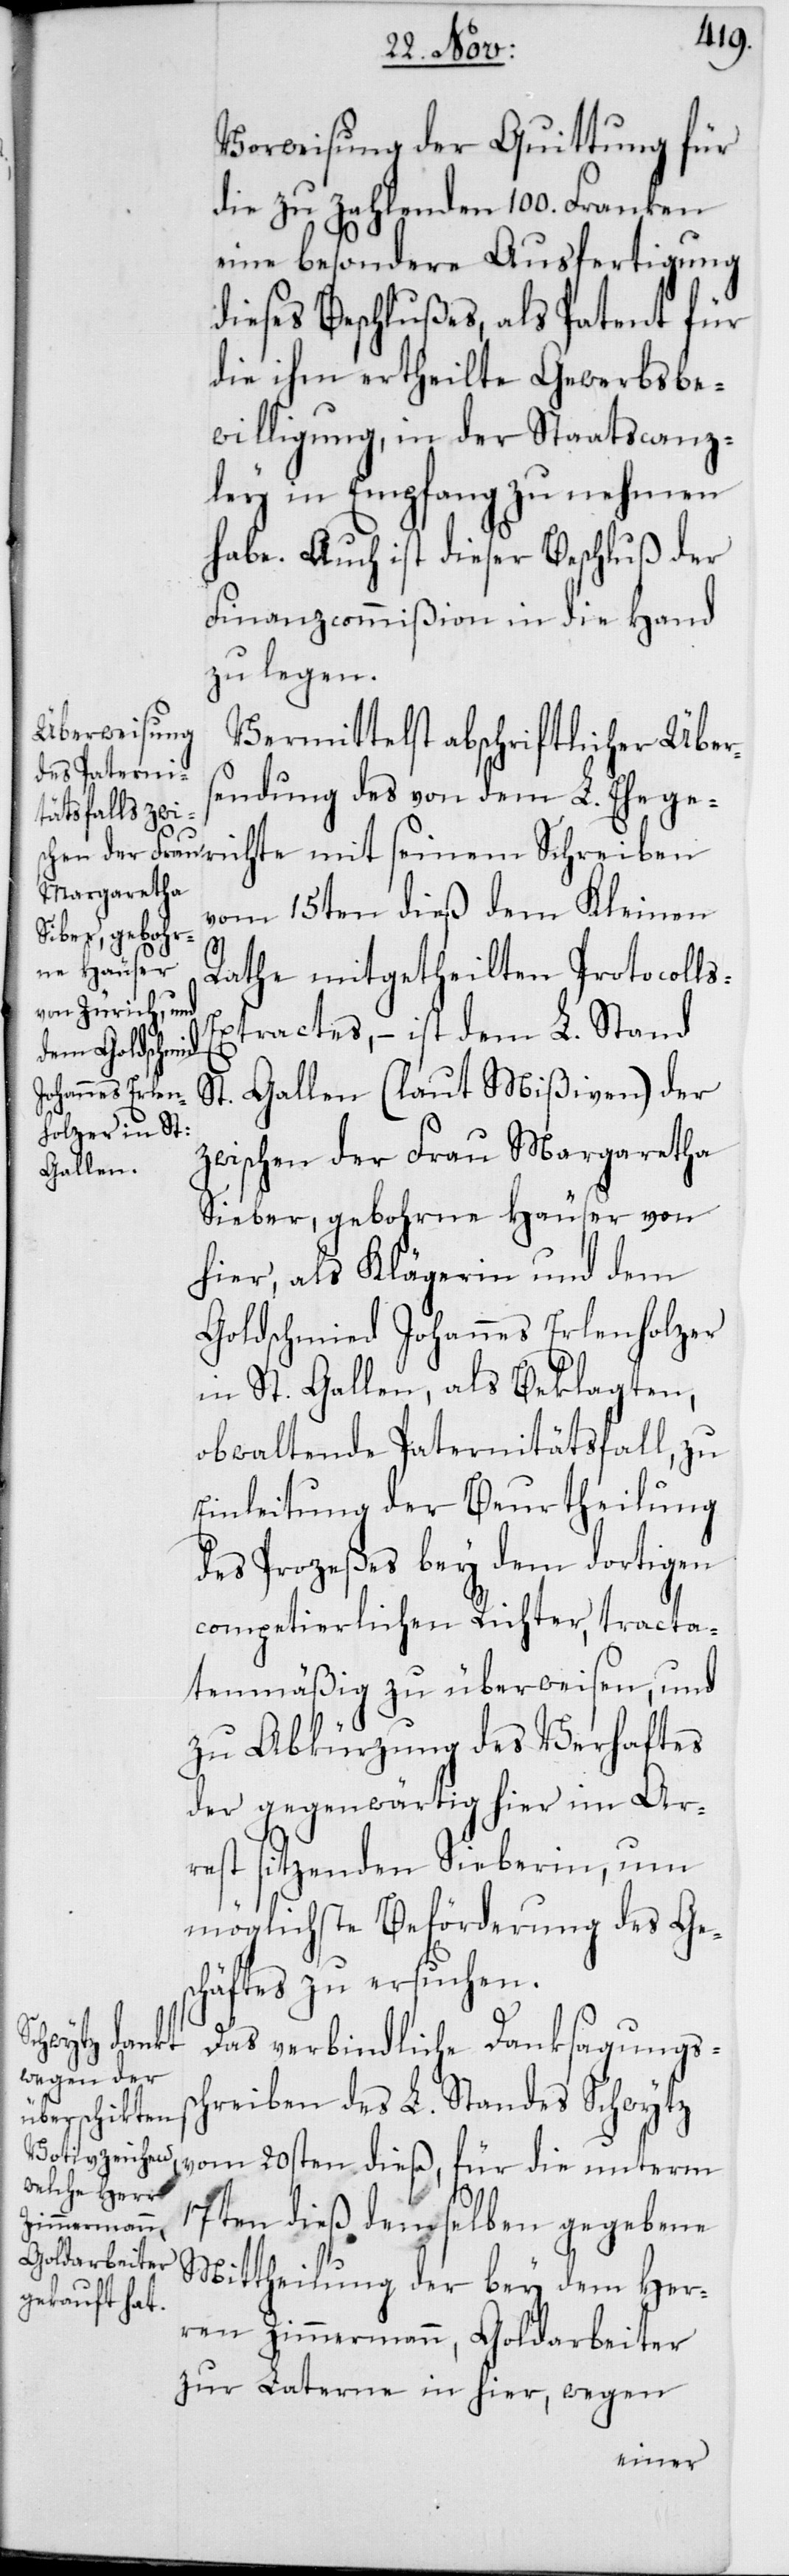
Vorweisung der Quittung für
die zu zahlenden 100. Franken
eine besondere Ausfertigung
dieses Beschlußes, als Patent für
die ihm ertheilte Gewerbsbe¬
willigung, in der Staatscanz¬
ley in Empfang zu nehmen
habe. Auch ist dieser Beschluß der
Finanzcommißion in die Hand
zu legen.
Vermittelst abschriftlicher Über¬
sendung des von dem L. Ehege¬
vom 15ten dieß dem Kleinen
Rathe mitgetheilten Protocoll¬
s-Extractes, – ist dem L. Stand
St. Gallen (laut Mißiven) der
zwischen der Frau Margaretha
Sieber, gebohrne Häuser von
hier, als Klägerin und dem
Goldschmied Johannes Erlenholzer
in St. Gallen, als Beklagten,
obwaltende Paternitätsfall, zu
Einleitung der Beurtheilung
des Prozeßes bey dem dortigen
competierlichen Richter, tracta¬
tenmäßig zu überweisen, und
zu Abkürzung des Verhaftes
der gegenwärtig hier im Ar¬
rest sitzenden Sieberin, um
möglichste Beförderung des Ge¬
schäftes zu ersuchen.
richte mit
Das verbindliche Danksagungss¬
chreiben des L. Standes Schwytz
vom 20sten dieß, für die unterm
17ten dieß demselben gegebene
Mittheilung der bey den Her¬
ren Zimmermann, Goldarbeiter
zur Laterne in hier, wegen